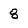
Character: 8